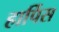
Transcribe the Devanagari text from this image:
हार्पिस